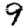
Digit: 9